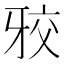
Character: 𭷑